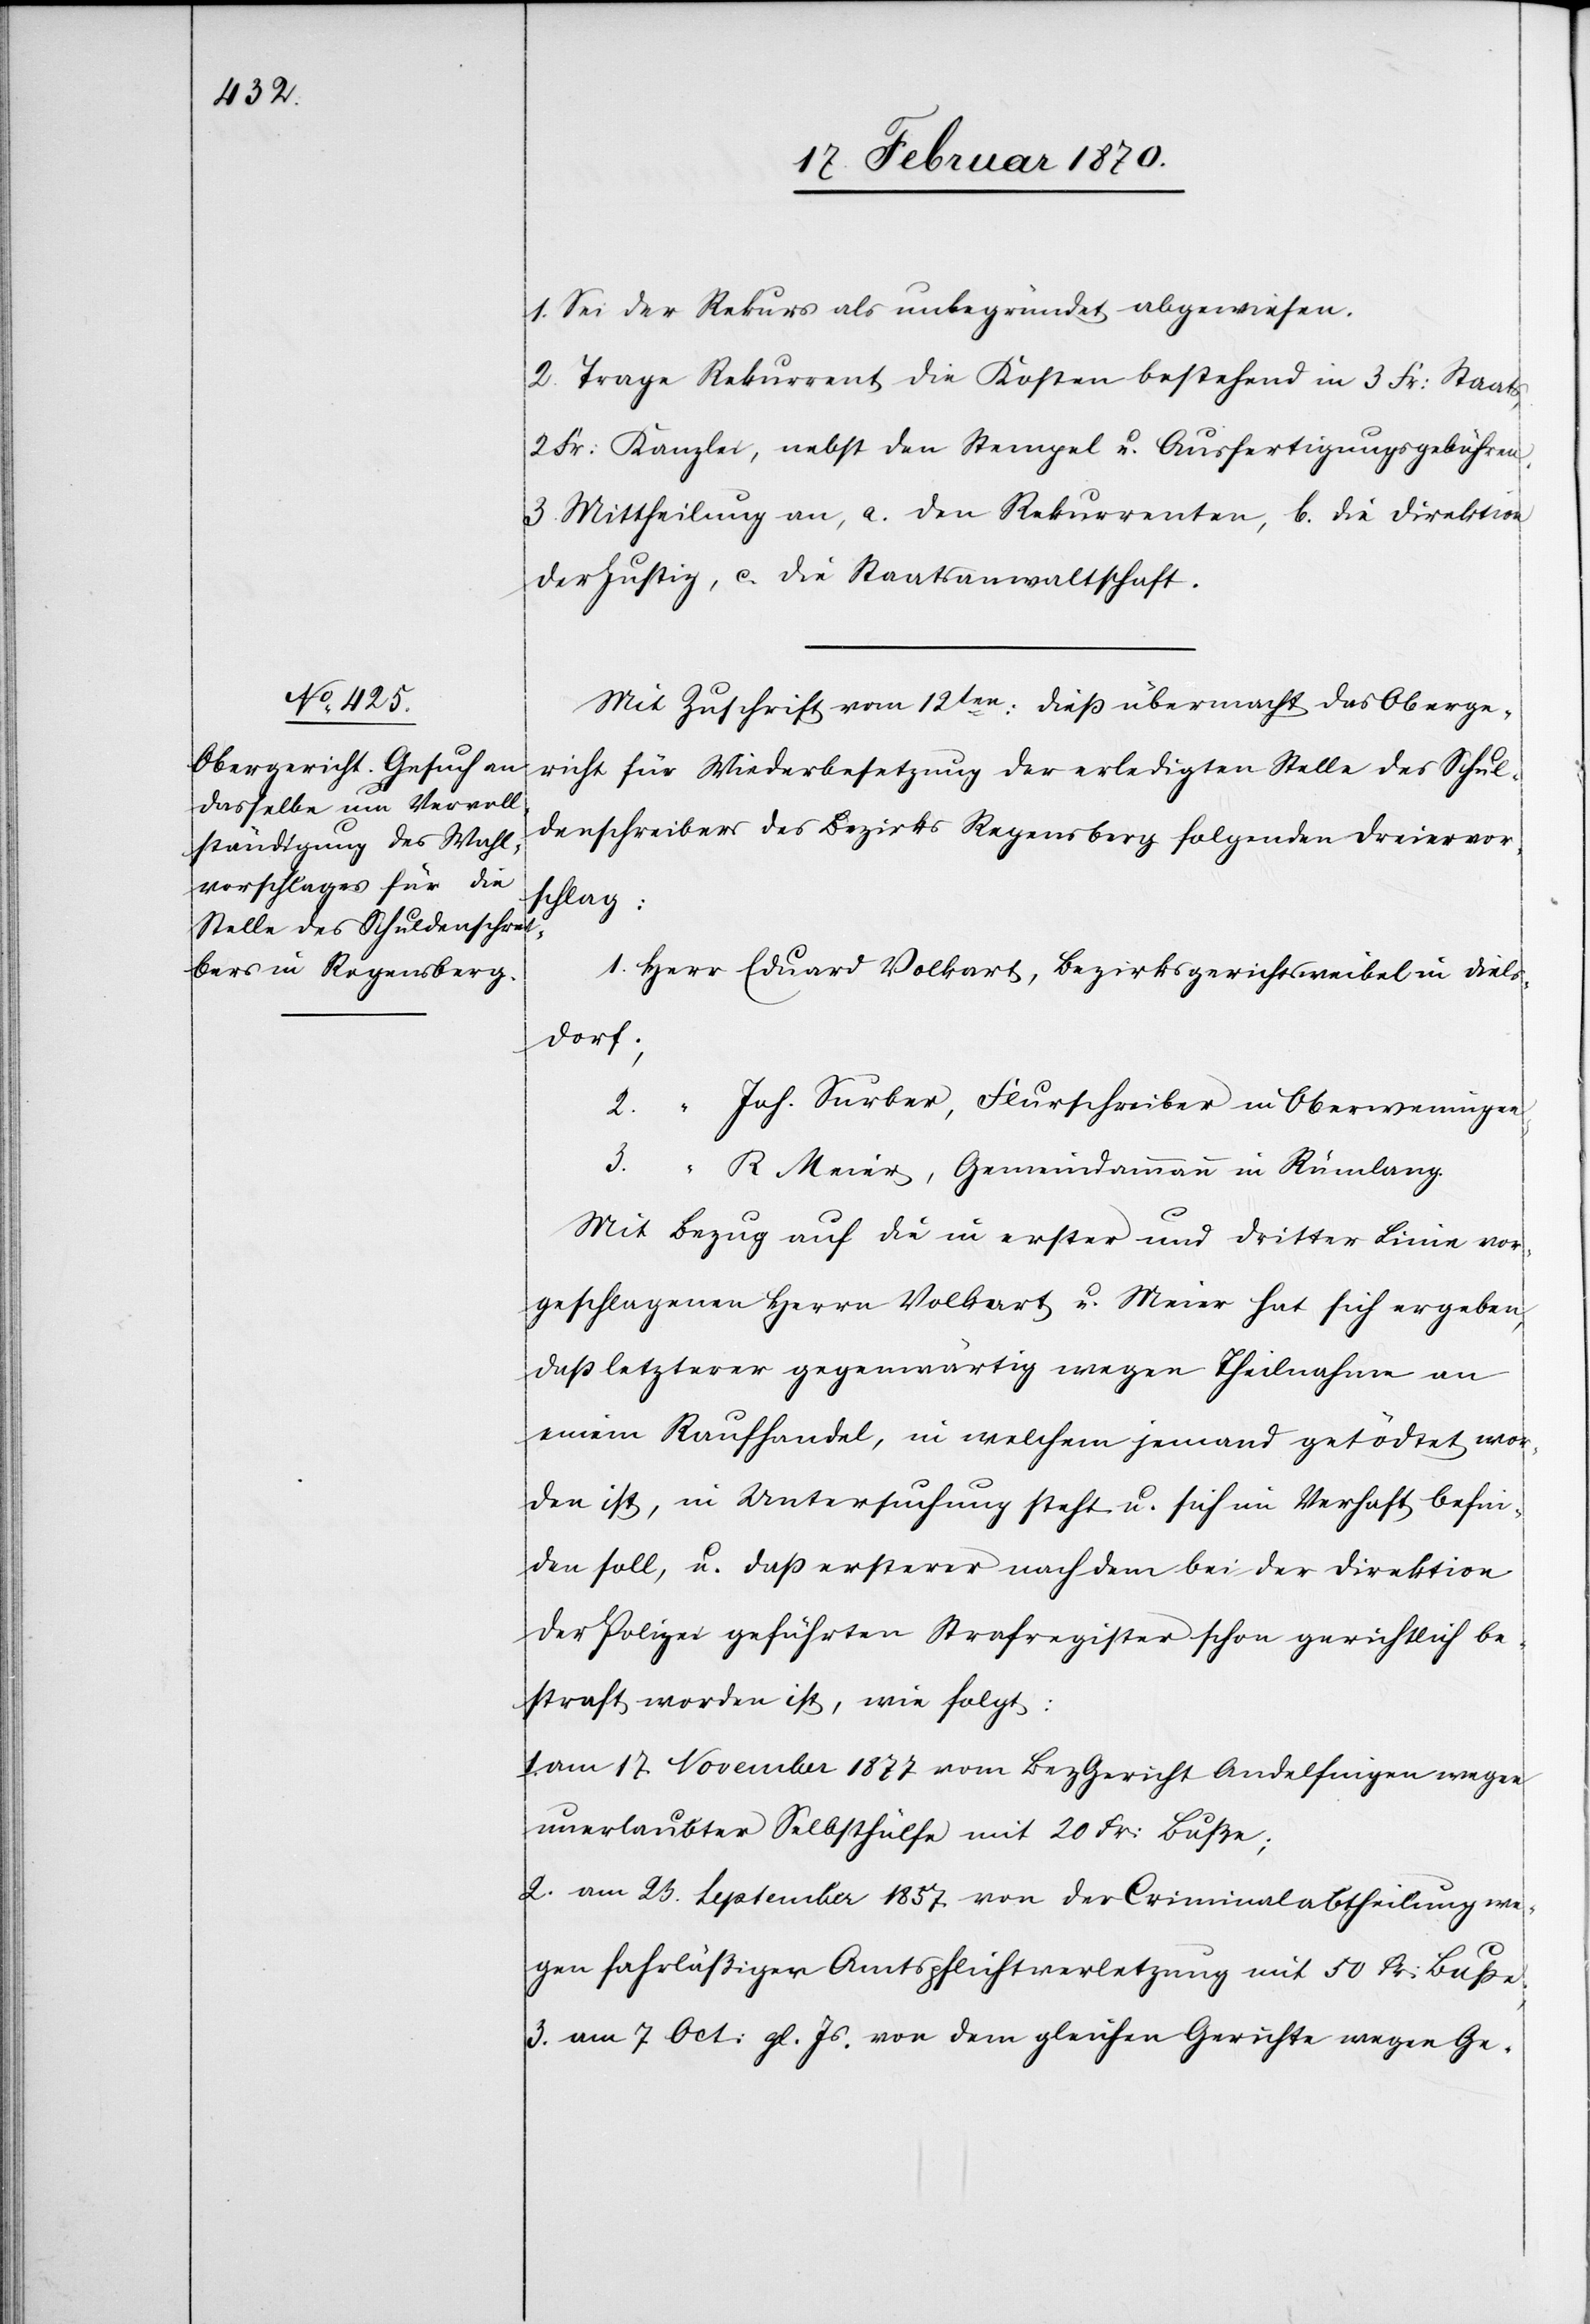
1. Sei der Rekurs als unbegründet abgewiesen.
2. Trage Rekurrent die Kosten bestehend in 3 Fr: Staats[-],
2 Fr: Kanzlei[-], nebst den Stempel[-] u. Ausfertigungsgebühren.
3. Mittheilung an, a. den Rekurrenten, b. die Direktion
der Justiz, c. die Staatsanwaltschaft.
Mit Zuschrift vom 12ten: diess übermacht das Oberge¬
richt für Wiederbesetzung der erledigten Stelle des Schul¬
denschreibers des Bezirks Regensberg folgenden Dreiervor¬
schlag:
1. Herr Eduard Volkart, Bezirksgerichtsweibel in Diels¬
dorf;
2. 	“	Joh. Surber, Flurschreiber in Oberweningen,
3.	“	R. Meier, Gemeindammann in Rümlang.
Mit Bezug auf die in erster und dritter Linie vor¬
geschlagenen Herrn Volkart u. Meier hat sich ergeben,
dass letzterer gegenwärtig wegen Theilnahme an
einem Raufhandel, in welchem jemand getödtet wor¬
den ist, in Untersuchung steht u. sich im Verhalt befin¬
den soll, u. dass ersterer nach dem bei der Direktion
der Polizei geführten Strafregister schon gerichtlich be¬
straft worden ist, wie folgt:
am 17. November 1877 vom Bez Gericht Andelfingen wegen
unerlaubter Selbsthülfe mit 20 Fr: Busse;
2. am 23. September 1857. von der Criminalabtheilung we¬
gen fahrlässiger Amtspflichtverletzung mit 50 Fr: Busse;
3. am 7. Oct: gl. Js. von dem gleichen Gerichte wegen Ge-